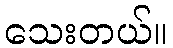
သေးတယ်။